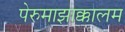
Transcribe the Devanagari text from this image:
पेरुमाझाक्कालम